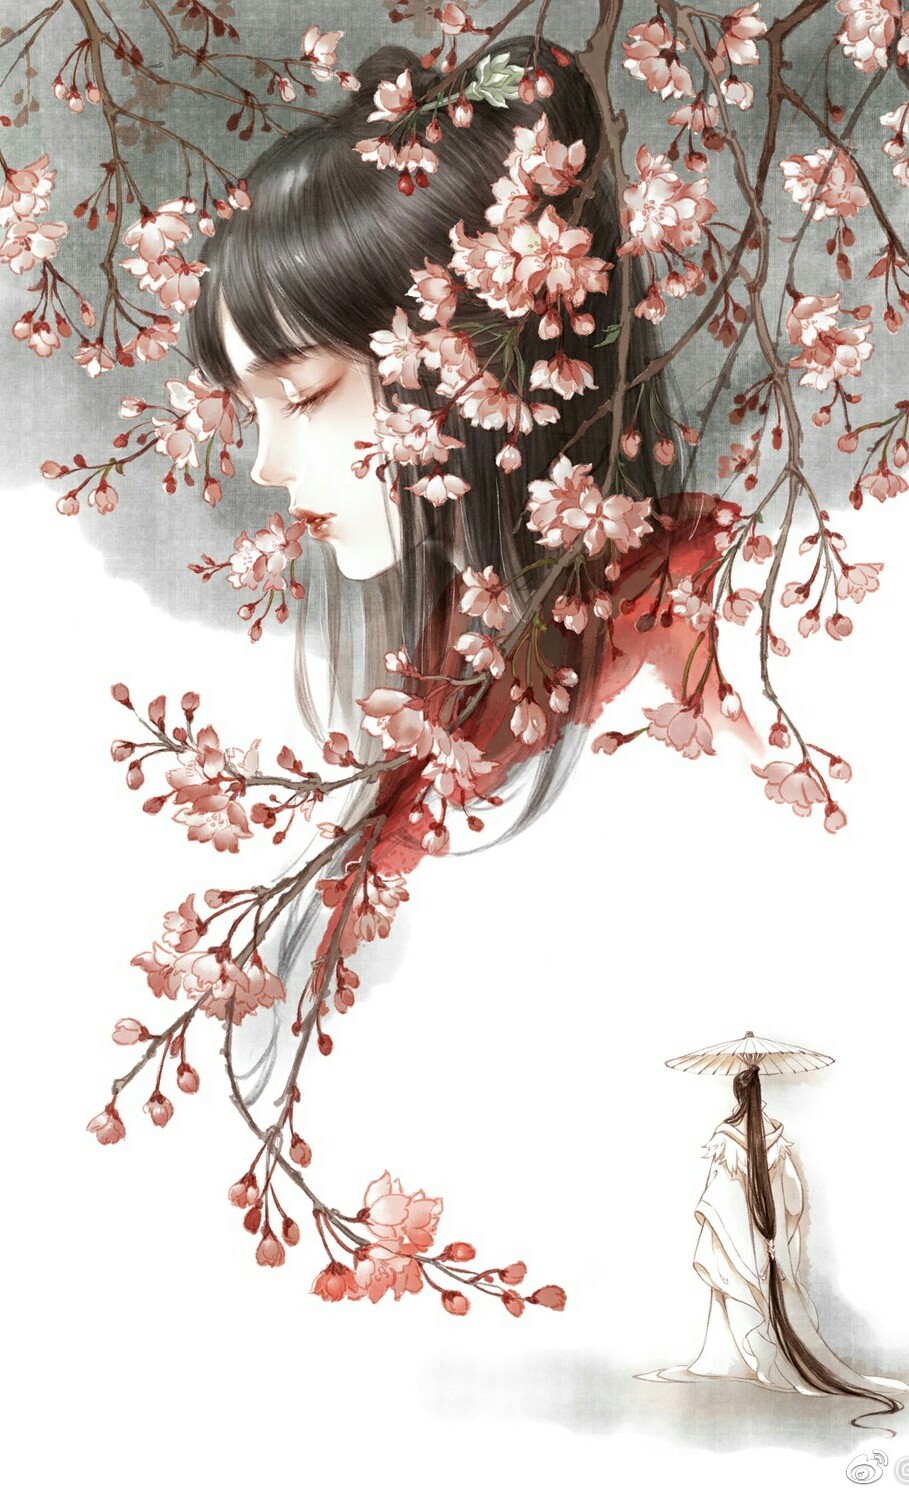
明朝万一西风动，争向朱颜不耐秋。